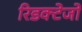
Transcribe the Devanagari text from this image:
रिडक्टेजों